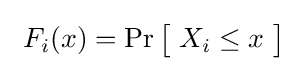
\ F_{i}(x)=\Pr {\bigl [}\ X_{i}\leq x\ {\bigr ]}\